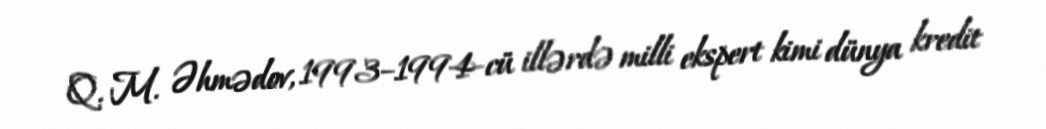
Q. M. Əhmədov, 1993–1994-cü illərdə milli ekspert kimi dünya kredit